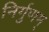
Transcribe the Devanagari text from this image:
निर्गुणम्